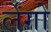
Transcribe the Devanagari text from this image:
र्लेंगो